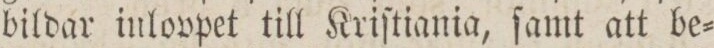
bildar inlovpet till Kriſtiania, ſamt att be=